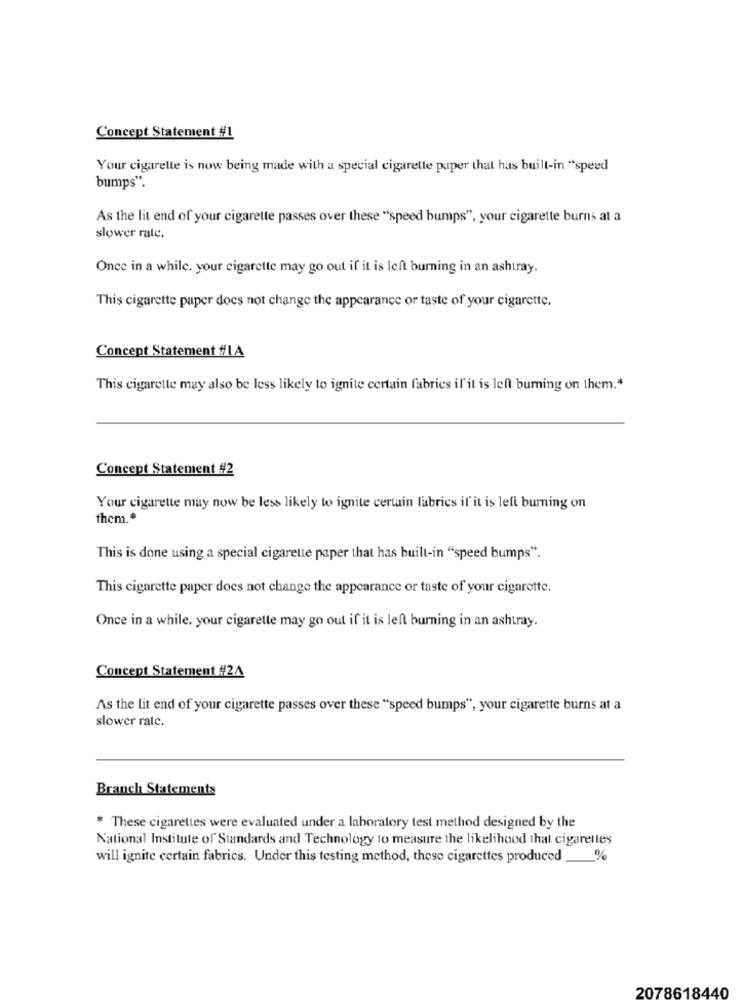
Concept Statement #1
Your cigarette is now being made with a special cigarette paper that has built-in "speed
bumps".
As the lit end of your cigarette passes over these "speed bumps", your cigarette burns at a
slower rate.
Once in a while. your cigarette may go out if it is left burning in an ashtray.
This cigarette paper does not change the appearance or taste of your cigarette.
Concept Statement #LA
This cigarette may also be less likely to ignite certain fabries il it is left burning on them."
Concept Statement #2
Your cigarette may now be less likely to ignite certain fabrics if it is left burning on
them .*
This is done using a special cigarette paper that has built-in "speed bumps".
This cigarette paper does not change the appearance or taste of your cigarette.
Once in a while, your cigarette may go out if it is left burning in an ashtray.
Concept Statement #24
As the lit end of your cigarette passes over these "speed bumps", your cigarette burns at a
slower rale.
Branch Statements
* These cigarettes were evaluated under a laboratory test method designed by the
National Institute of Standards and Technology to measure the likelihood that cigarettes
will ignite certain fabrics. Under this testing method, these cigarettes produced
%
2078618440